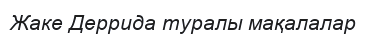
Жаке Деррида туралы мақалалар